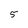
Character: 5